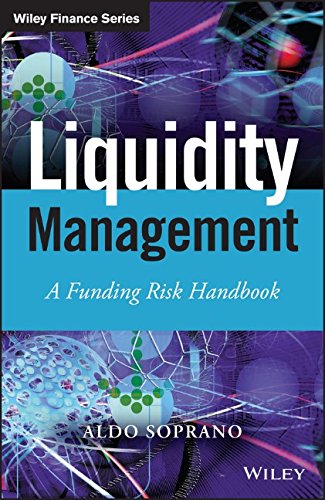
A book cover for Liquidity Management: A Funding Risk Handbook (The Wiley Finance Series); Aldo Soprano; Business & Money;